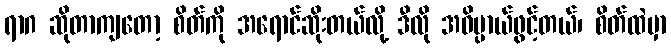
ရာဂ ဆိုတာကျတော့ စိတ်ကို အရောင်ဆိုးတယ်လို့ ဒီလို အဓိပ္ပာယ်ဖွင့်တယ်၊ စိတ်ထဲမှာ